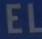
EL